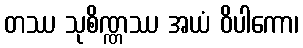
တဿ သုစိဏ္ဏဿ အယံ ဝိပါကော၊